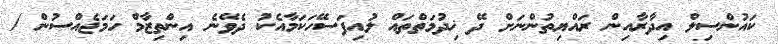
ކައުންސިލް އިދާރާއިން ރައްޔިތުންނަށް ދޭ ޚިދުމަތްތައް ލުއިފަސޭހަކަމާއެކު ދެވޭނެ އިންތިޒާމް ހަމަޖެއްސުން /